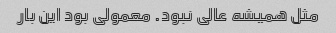
مثل همیشه عالی نبود. معمولی بود این بار